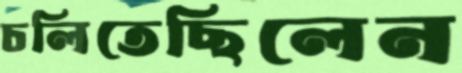
চলিতেছিলেন